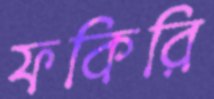
ফকিরি